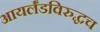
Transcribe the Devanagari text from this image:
आयर्लंडविरुद्धच